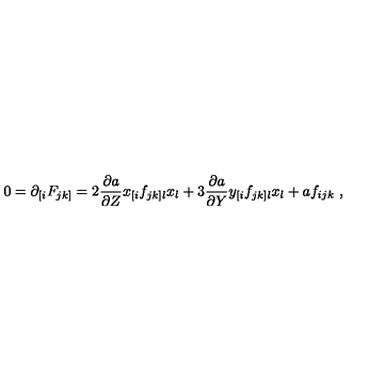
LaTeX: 0 = \partial _ { [ i } F _ { j k ] } = 2 \frac { \partial a } { \partial Z } x _ { [ i } f _ { j k ] l } x _ { l } + 3 \frac { \partial a } { \partial Y } y _ { [ i } f _ { j k ] l } x _ { l } + a f _ { i j k } \ ,